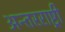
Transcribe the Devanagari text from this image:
अन्तरराष्ट्री